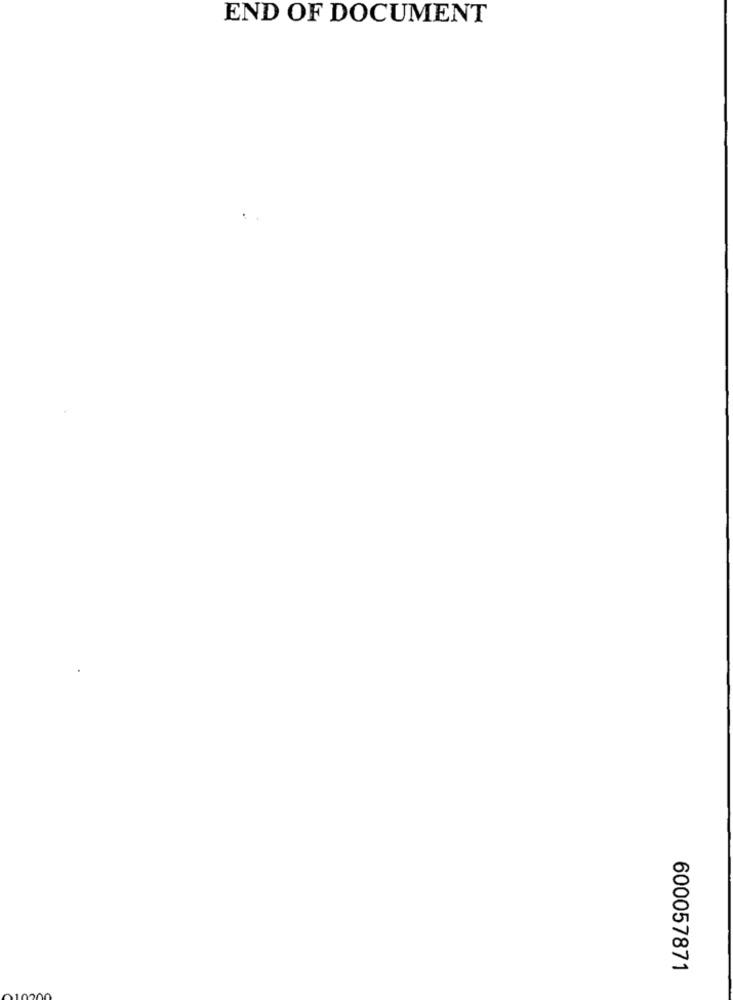
END OF DOCUMENT
600057871